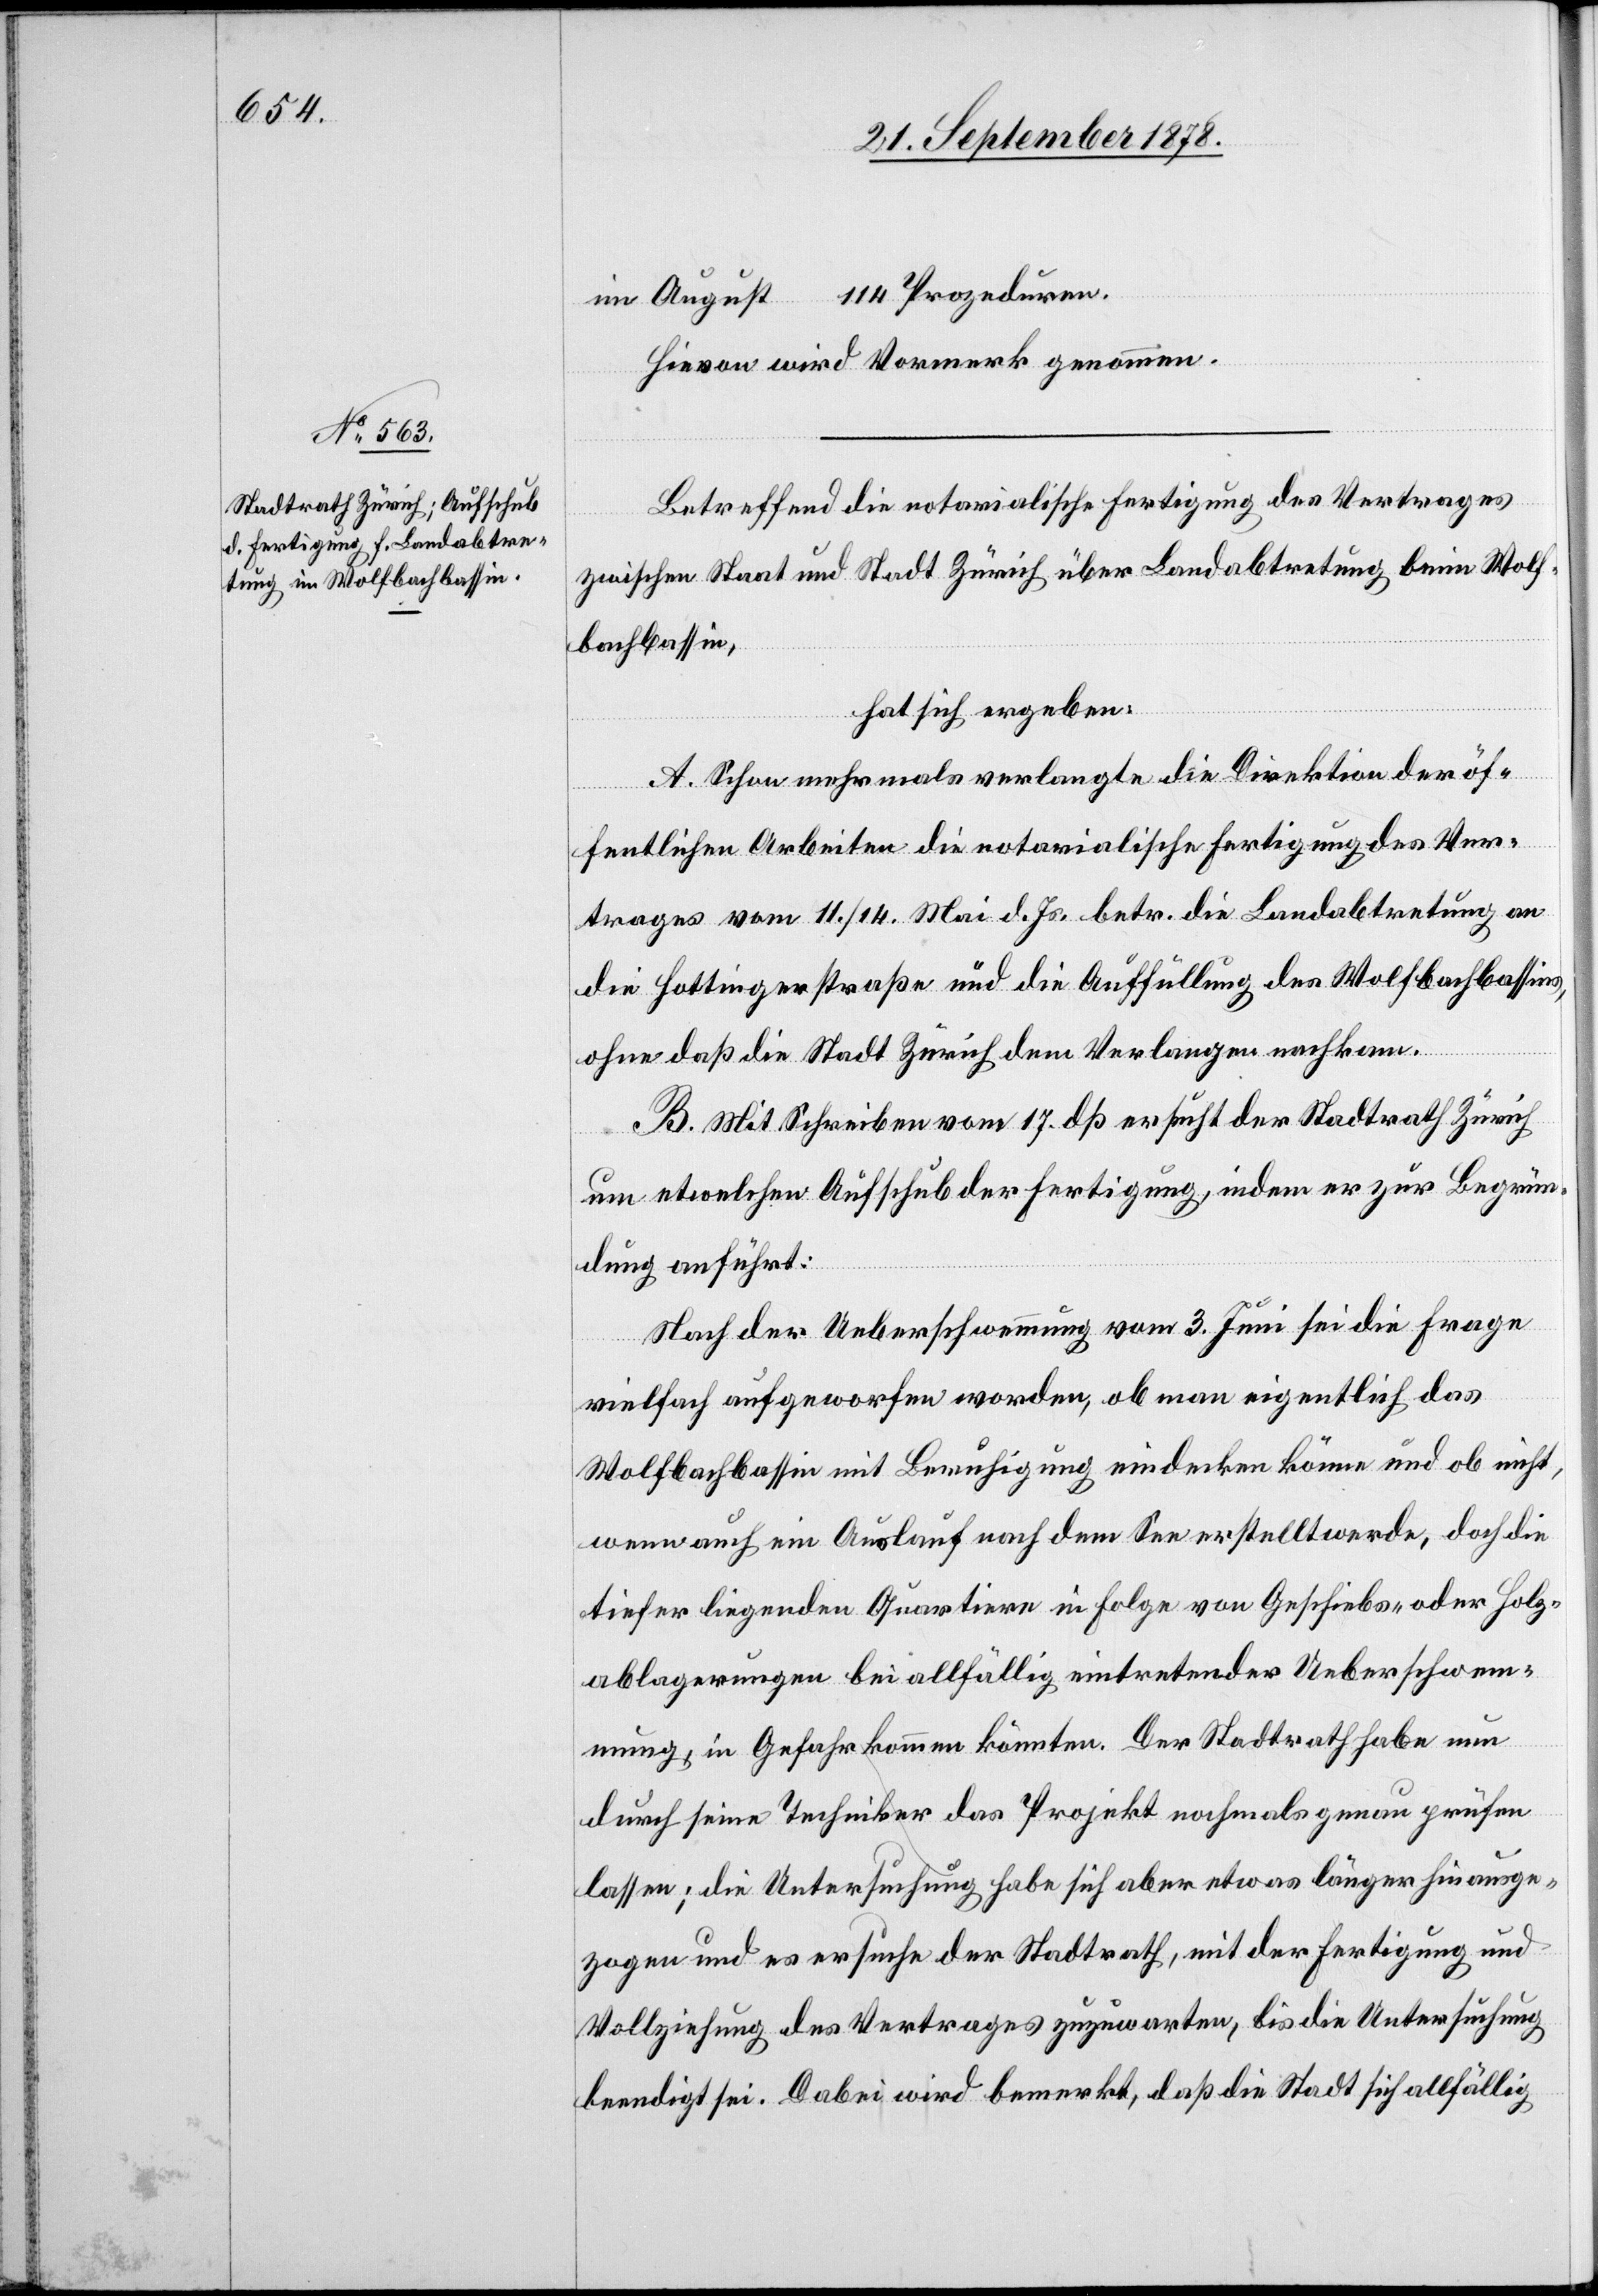
im August 114 Prozeduren.
Hievon wird Vormerk genommen.
Betreffend die notarialische Fertigung des Vertrages
zwischen Staat und Stadt Zürich über Landabtretung beim Wolf¬
bachbassin,
hat sich ergeben:
A. Schon mehrmals verlangte die Direktion der öf¬
fentlichen Arbeiten die notarialische Fertigung des Ver¬
trages vom 11./14. Mai d. Js. betr. die Landabtretung an
die Hottingerstraße und die Auffüllung des Wolfbachbassins,
ohne daß die Stadt Zürich dem Verlangen nachkam.
B. Mit Schreiben vom 17. dß ersucht der Stadtrath Zürich
um etwelchen Aufschub der Fertigung, indem er zur Begrün¬
dung anführt:
Nach der Ueberschwemmung vom 3. Juni sei die Frage
vielfach aufgeworfen worden, ob man eigentlich das
Wolfbachbassin mit Beruhigung eindecken könne und ob nicht,
wenn auch ein Auslauf nach dem See erstellt werde, doch die
tiefer liegenden Quartiere in Folge von Geschiebs- oder Holz¬
ablagerungen bei allfällig eintretender Ueberschwem¬
mung, in Gefahr kommen könnte. Der Stadtrath habe nun
durch seinen Techniker das Projekt nochmals genau prüfen
lassen; die Untersuchung habe sich aber etwas länger hinausge¬
zogen und es ersuche der Stadtrath, mit der Fertigung und
Vollziehung des Vertrages zuzuwarten, bis die Untersuchung
beendigt sei. Dabei wird bemerkt, daß die Stadt sich allfällig